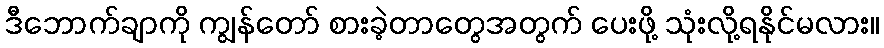
ဒီဘောက်ချာကို ကျွန်တော် စားခဲ့တာတွေအတွက် ပေးဖို့ သုံးလို့ရနိုင်မလား။